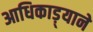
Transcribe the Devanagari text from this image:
आधिकाड़्याने